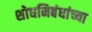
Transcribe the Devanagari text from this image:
शोधनिबंधांच्या